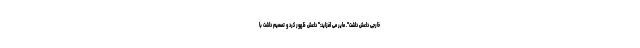
خارجی داعش داشت". مایر می افزاید:" داعش ظهور کرد و تصمیم داشت با